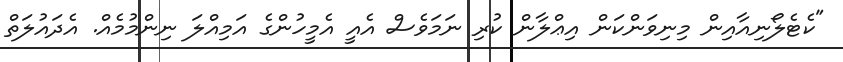
"ކެޓެލޯނިއާއިން މިނިވަންކަން އިޢްލާން ކުރި ނަމަވެސް އެއީ އެމީހުންގެ އަމިއްލަ ނިންމުމެއް. އެދައުލަތް